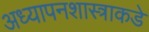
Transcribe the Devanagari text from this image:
अध्यापनशास्त्राकडे